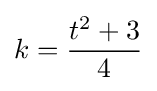
k={\frac {t^{2}+3}{4}}